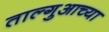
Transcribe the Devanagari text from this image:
ताल्गुआच्या